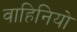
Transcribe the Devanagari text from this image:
वाहिनियो